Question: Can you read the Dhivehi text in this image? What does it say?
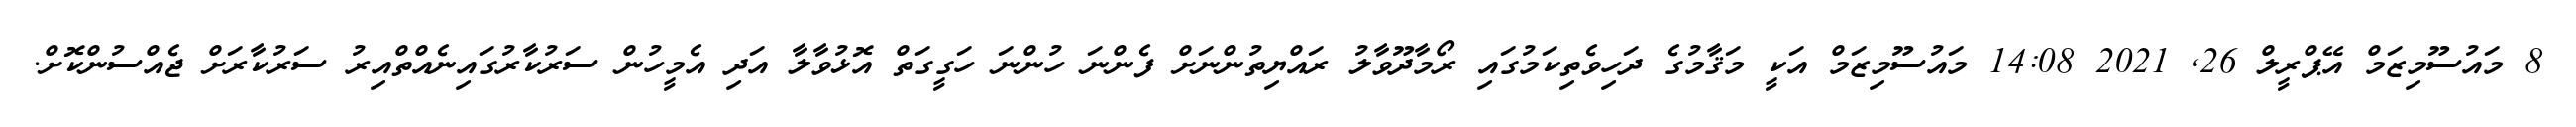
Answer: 8 މައުސޫމިޒަމް އޭޕްރީލް 26, 2021 14:08 މައުސޫމިޒަމް އަކީ މަޤާމުގެ ދަހިވެތިކަމުގައި ރޯމާދޫވާލު ރައްޔިތުންނަށް ފެންނަ ހުންނަ ހަގީގަތް އޮޅުވާލާ އަދި އެމީހުން ސަރުކާރުގައިނެއްތްއިރު ސަރުކާރަށް ޖެއްސުންކޮށް.